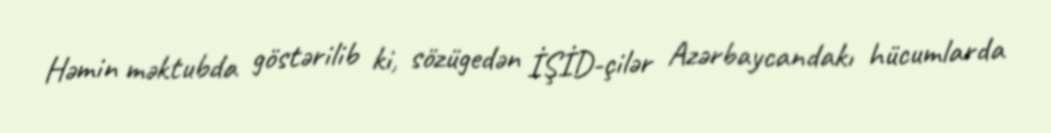
Həmin məktubda göstərilib ki, sözügedən İŞİD-çilər Azərbaycandakı hücumlarda